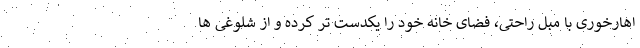
اهارخوری با مبل راحتی، فضای خانه خود را یکدست تر کرده و از شلوغی ها